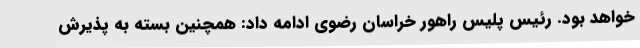
خواهد بود. رئیس پلیس راهور خراسان رضوی ادامه داد: همچنین بسته به پذیرش